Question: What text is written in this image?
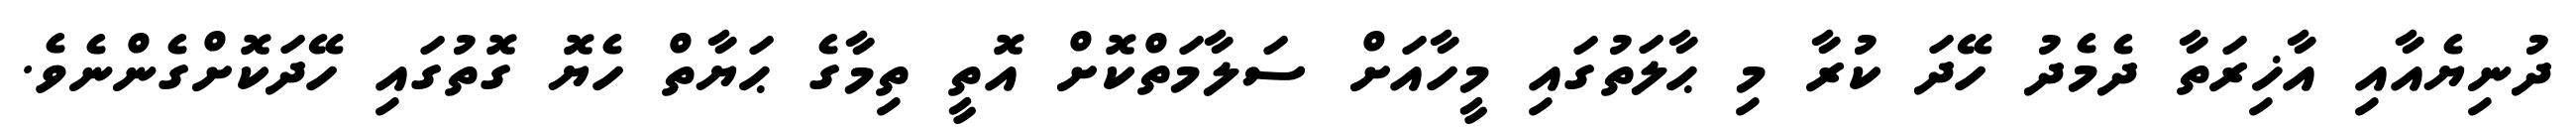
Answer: ދުނިޔެއާއި އާޚިރަތާ ދެމެދު ހޭދަ ކުރާ މި ޙާލަތުގައި މީހާއަށް ސަލާމަތްކޮށް އޮތީ ތިމާގެ ޙަޔާތް ހެޔޮ ގޮތުގައި ހޭދަކޮށްގެންނެވެ.